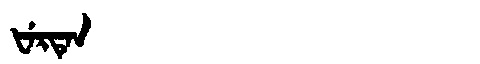
Manchu: ᡶᡝᡵᡨᡝᠨ
Romanization: FERTEN